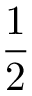
\displaystyle \frac { 1 } { 2 }